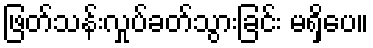
ဖြတ်သန်းလှုပ်ခတ်သွားခြင်း မရှိပေ။